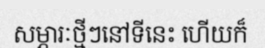
សម្ភារៈថ្មីៗនៅទីនេះ ហើយក៏